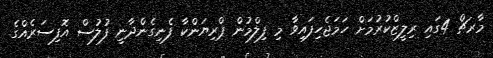
މާރޗް 4ގައި ރިލީޒްކުރުމަށް ހަމަޖެހިފައިވާ މި ފިލްމުން ޕްރިޔަންކާ ފެނިގެންދާނީ ފުލުސް އޮފިސަރެއްގެ